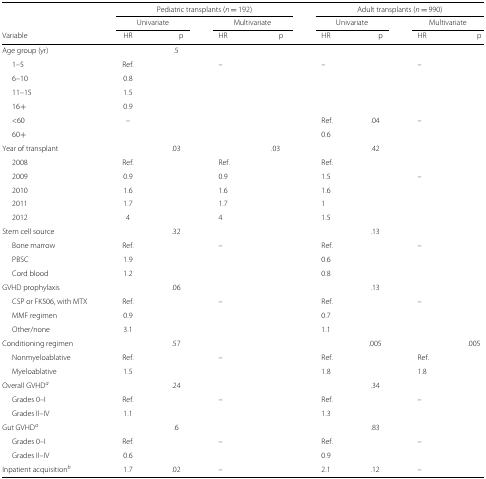
<table><thead><tr><td></td><td colspan="4"><b>Pediatric transplants (<i>n</i> =192)</b></td><td colspan="4"><b>Adult transplants (<i>n</i> =990)</b></td></tr><tr><td></td><td colspan="2"><b>Univariate</b></td><td colspan="2"><b>Multivariate</b></td><td colspan="2"><b>Univariate</b></td><td colspan="2"><b>Multivariate</b></td></tr><tr><td><b>Variable</b></td><td><b>HR</b></td><td><b>p</b></td><td><b>HR</b></td><td><b>p</b></td><td><b>HR</b></td><td><b>p</b></td><td><b>HR</b></td><td><b>p</b></td></tr></thead><tbody><tr><td>Age group (yr)</td><td></td><td>.5</td><td></td><td></td><td></td><td></td><td></td><td></td></tr><tr><td>1–5</td><td>Ref.</td><td></td><td>–</td><td></td><td>–</td><td></td><td>–</td><td></td></tr><tr><td>6–10</td><td>0.8</td><td></td><td></td><td></td><td></td><td></td><td></td><td></td></tr><tr><td>11–15</td><td>1.5</td><td></td><td></td><td></td><td></td><td></td><td></td><td></td></tr><tr><td>16+</td><td>0.9</td><td></td><td></td><td></td><td></td><td></td><td></td><td></td></tr><tr><td>&lt;60</td><td>–</td><td></td><td></td><td></td><td>Ref.</td><td>.04</td><td>–</td><td></td></tr><tr><td>60+</td><td></td><td></td><td></td><td></td><td>0.6</td><td></td><td></td><td></td></tr><tr><td>Year of transplant</td><td></td><td>.03</td><td></td><td>.03</td><td></td><td>.42</td><td></td><td></td></tr><tr><td>2008</td><td>Ref.</td><td></td><td>Ref.</td><td></td><td>Ref.</td><td></td><td></td><td></td></tr><tr><td>2009</td><td>0.9</td><td></td><td>0.9</td><td></td><td>1.5</td><td></td><td>–</td><td></td></tr><tr><td>2010</td><td>1.6</td><td></td><td>1.6</td><td></td><td>1.6</td><td></td><td></td><td></td></tr><tr><td>2011</td><td>1.7</td><td></td><td>1.7</td><td></td><td>1</td><td></td><td></td><td></td></tr><tr><td>2012</td><td>4</td><td></td><td>4</td><td></td><td>1.5</td><td></td><td></td><td></td></tr><tr><td>Stem cell source</td><td></td><td>.32</td><td></td><td></td><td></td><td>.13</td><td></td><td></td></tr><tr><td>Bone marrow</td><td>Ref.</td><td></td><td>–</td><td></td><td>Ref.</td><td></td><td>–</td><td></td></tr><tr><td>PBSC</td><td>1.9</td><td></td><td></td><td></td><td>0.6</td><td></td><td></td><td></td></tr><tr><td>Cord blood</td><td>1.2</td><td></td><td></td><td></td><td>0.8</td><td></td><td></td><td></td></tr><tr><td>GVHD prophylaxis</td><td></td><td>.06</td><td></td><td></td><td></td><td>.13</td><td></td><td></td></tr><tr><td>CSP or FK506, with MTX</td><td>Ref.</td><td></td><td>–</td><td></td><td>Ref.</td><td></td><td>–</td><td></td></tr><tr><td>MMF regimen</td><td>0.9</td><td></td><td></td><td></td><td>0.7</td><td></td><td></td><td></td></tr><tr><td>Other/none</td><td>3.1</td><td></td><td></td><td></td><td>1.1</td><td></td><td></td><td></td></tr><tr><td>Conditioning regimen</td><td></td><td>.57</td><td></td><td></td><td></td><td>.005</td><td></td><td>.005</td></tr><tr><td>Nonmyeloablative</td><td>Ref.</td><td></td><td>–</td><td></td><td>Ref.</td><td></td><td>Ref.</td><td></td></tr><tr><td>Myeloablative</td><td>1.5</td><td></td><td></td><td></td><td>1.8</td><td></td><td>1.8</td><td></td></tr><tr><td>Overall GVHD <sup><i>a</i></sup></td><td></td><td>.24</td><td></td><td></td><td></td><td>.34</td><td></td><td></td></tr><tr><td>Grades 0–I</td><td>Ref.</td><td></td><td>–</td><td></td><td>Ref.</td><td></td><td>–</td><td></td></tr><tr><td>Grades II–IV</td><td>1.1</td><td></td><td></td><td></td><td>1.3</td><td></td><td></td><td></td></tr><tr><td>Gut GVHD <sup><i>a</i></sup></td><td></td><td>.6</td><td></td><td></td><td></td><td>.83</td><td></td><td></td></tr><tr><td>Grades 0–I</td><td>Ref.</td><td></td><td>–</td><td></td><td>Ref.</td><td></td><td>–</td><td></td></tr><tr><td>Grades II–IV</td><td>0.6</td><td></td><td></td><td></td><td>0.9</td><td></td><td></td><td></td></tr><tr><td>Inpatient acquisition <sup><i>b</i></sup></td><td>1.7</td><td>.02</td><td>–</td><td></td><td>2.1</td><td>.12</td><td>–</td><td></td></tr></tbody></table>